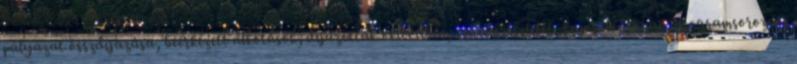
pályázat összdíjazása, beérkezett alkotások, díjazottak oklevélben, szövegrészletet, kapcsolódjanak, programsorozat,